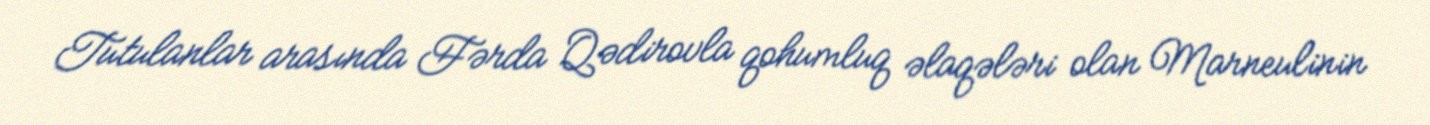
Tutulanlar arasında Fərda Qədirovla qohumluq əlaqələri olan Marneulinin